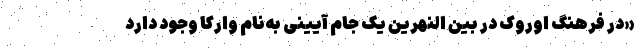
«در فرهنگ اوروک در بین النهرین یک جام آیینی به‌نام وارکا وجود دارد